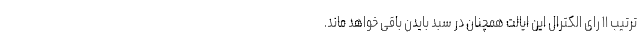
ترتیب ۱۱ رای الکترال این ایالت همچنان در سبد بایدن باقی خواهد ماند.